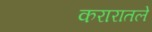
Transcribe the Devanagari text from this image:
करारातले